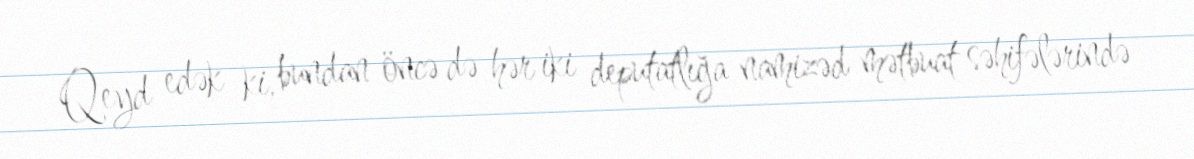
Qeyd edək ki, bundan öncə də hər iki deputatlığa namizəd mətbuat səhifələrində